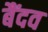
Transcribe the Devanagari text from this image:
बैंदव